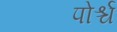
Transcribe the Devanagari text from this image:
पोर्श्च